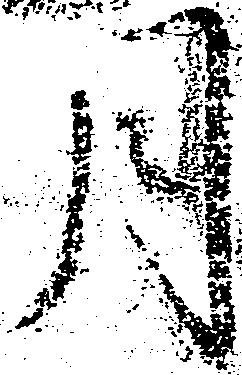
月